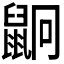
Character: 𪕍